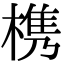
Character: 槜